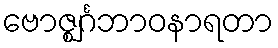
ဗောဇ္ဈင်္ဂဘာဝနာရတာ